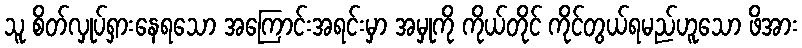
သူ စိတ်လှုပ်ရှားနေရသော အကြောင်းအရင်းမှာ အမှုကို ကိုယ်တိုင် ကိုင်တွယ်ရမည်ဟူသော ဖိအား